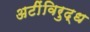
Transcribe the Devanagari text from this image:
अटींविरुद्ध